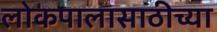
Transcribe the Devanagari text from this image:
लोकपालासाठीच्या